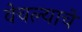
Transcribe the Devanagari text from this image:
वेचल्याचे